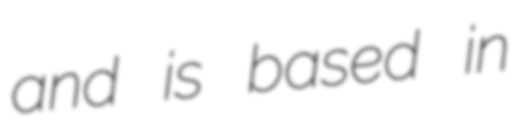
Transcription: and is based in